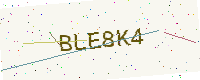
Text: BLE8K4